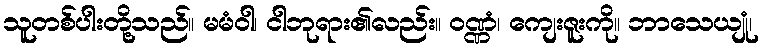
သူတစ်ပါးတို့သည်။ မမံဝါ၊ ငါဘုရား၏လည်း။ ဝဏ္ဏံ၊ ကျေးဇူးကို။ ဘာသေယျုံ၊